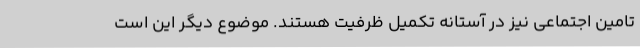
تامین اجتماعی نیز در آستانه تکمیل ظرفیت هستند. موضوع دیگر این است